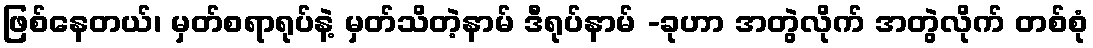
ဖြစ်နေတယ်၊ မှတ်စရာရုပ်နဲ့ မှတ်သိတဲ့နာမ် ဒီရုပ်နာမ် -ခုဟာ အတွဲလိုက် အတွဲလိုက် တစ်စုံ